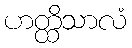
ဟတ္ထိသာလံ